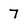
Character: 7